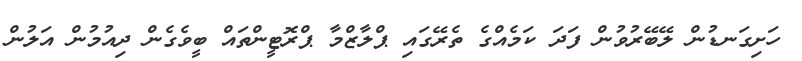
ހަށިގަނޑުން ލޭބޭރުވުން ފަދަ ކަމެއްގެ ތެރޭގައި ޕްލާޒްމާ ޕްރޮޓީންތައް ބީވެގެން ދިއުމުން އަލުން